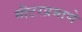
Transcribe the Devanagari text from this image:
मीटरप्रमाणे